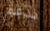
ندعم